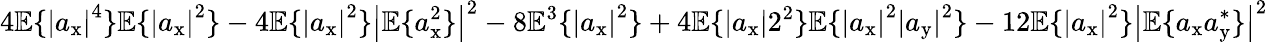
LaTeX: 4\mathbb{E}\{ \left|a_{\mathrm{x}}\right|^{4}\} \mathbb{E}\{ \left|a_{\mathrm{x}}\right|^{2}\} -4\mathbb{E}\{ \left|a_{\mathrm{x}}\right|^{2}\} \left|\mathbb{E}\{ a_{\mathrm{x}}^{2}\} \right|^{2}-8\mathbb{E}^{3}\{ \left|a_{\mathrm{x}}\right|^{2}\} +4\mathbb{E}\{ \left|a_{\mathrm{x}}\right|2^{2}\} \mathbb{E}\{ \left|a_{\mathrm{x}}\right|^{2}\left|a_{\mathrm{y}}\right|^{2}\} -12\mathbb{E}\{ \left|a_{\mathrm{x}}\right|^{2}\} \left|\mathbb{E}\{ a_{\mathrm{x}}a_{\mathrm{y}}^{*}\} \right|^{2}